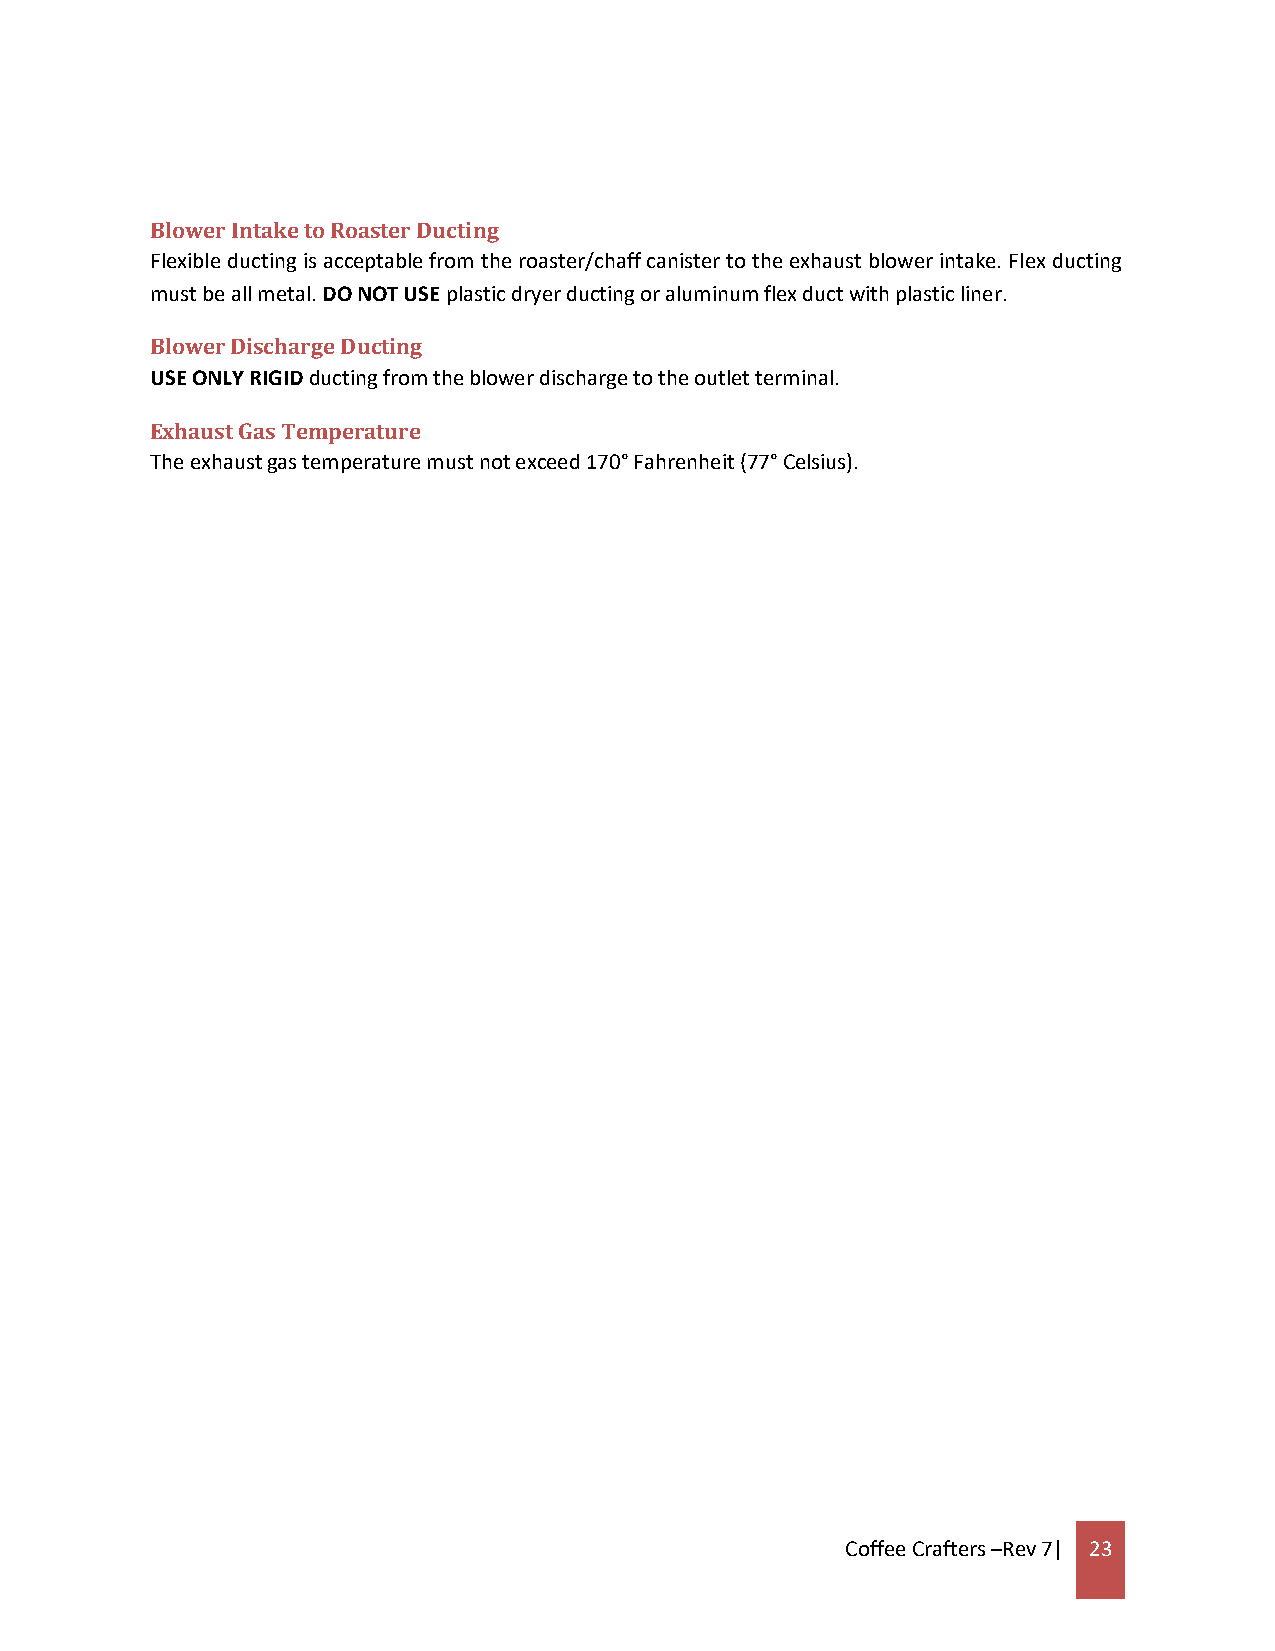
Blower Intake to Roaster Ducting
 Flexible ducting is acceptable from the roaster/chaff canister to the exhaust blower intake. Flex ducting
 must be all metal. DO NOT USE plastic dryer ducting or aluminum flex duct with plastic liner.
 Blower Discharge Ducting
 USE ONLY RIGID ducting from the blower discharge to the outlet terminal.
 Exhaust Gas Temperature
 The exhaust gas temperature must not exceed 170° Fahrenheit (77° Celsius).
 Coffee Crafters –Rev 7| 23